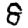
Digit: 8